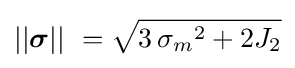
||{\boldsymbol {\sigma }}||\ ={\sqrt {3\,{{\sigma }_{m}}^{2}+2{{J}_{2}}}}